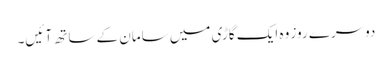
دوسرے روز وہ ایک گاڑی میں سامان کے ساتھ آ ئیں۔